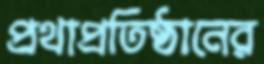
প্রথাপ্রতিষ্ঠানের